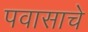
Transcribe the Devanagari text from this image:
पवासाचे